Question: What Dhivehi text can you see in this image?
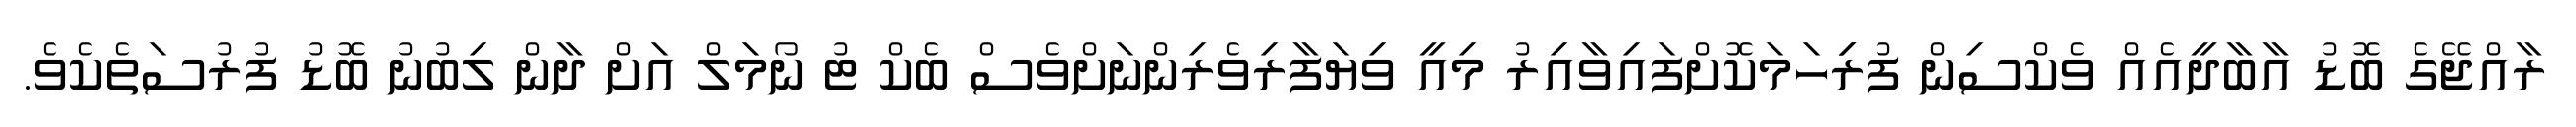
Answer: ރާއްޖޭގެ ބޮޑު އާބާދީއެއް ވެކްސިން ފުރިިހަމަކޮށްފައިވާއިރު މިއީ ވިޔަފާރިވެރިންނަށްވެސް ބެކް ޓު ނޯމަލް އަށް ދާން ލިބުނު ބޮޑު ފުރުސަތެކެވެ.